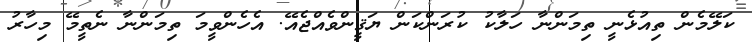
ކަލޭމެން ތިއުޅެނީ ތިމަންނާ ހަލާކު ކުރަންކަން ޔަޤީންވެއްޖެއޭ. އެހެންވީމަ ތިމަންނާ ނެތީމޭ މިހާރު